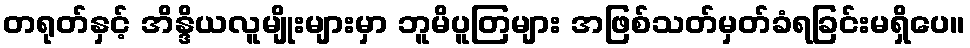
တရုတ်နှင့် အိန္ဒိယလူမျိုးများမှာ ဘူမိပူတြများ အဖြစ်သတ်မှတ်ခံရခြင်းမရှိပေ။